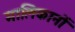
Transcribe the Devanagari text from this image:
मालिकानों